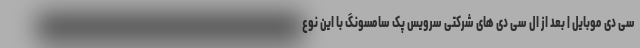
سی دی موبایل | بعد از ال سی دی های شرکتی سرویس پک سامسونگ با این نوع